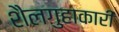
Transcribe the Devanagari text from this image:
शैलगुहाकारी